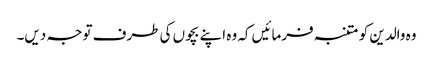
وہ والدین کو متنبہ فرمائیں کہ وہ اپنے بچوں کی طرف توجہ دیں۔